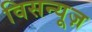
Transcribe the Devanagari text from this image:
विसन्यूज़